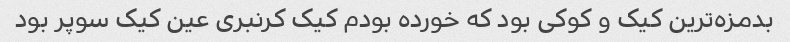
بدمزه‌ترین کیک و کوکی بود که خورده بودم کیک کرنبری عین کیک سوپر بود